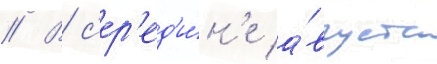
// В с'ер'ед'и́н'е а́вгуста